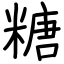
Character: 糖